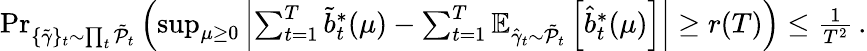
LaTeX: \begin{array}{r}{\operatorname*{Pr}_{\{ \tilde{\gamma}\} _{t}\sim\prod_{t}\tilde{\mathcal{P}}_{t}}\left(\operatorname*{sup}_{\mu\geq 0}\left|\sum_{t=1}^{T}\tilde{b}_{t}^{*}(\mu)-\sum_{t=1}^{T}\mathbb{E}_{\hat{\gamma}_{t}\sim\tilde{\mathcal{P}}_{t}}\left[\hat{b}_{t}^{*}(\mu)\right]\right|\geq r(T)\right)\leq\frac{1}{T^{2}}\, .}\end{array}